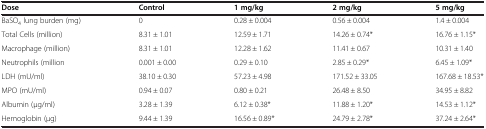
<table><thead><tr><td><b>Dose</b></td><td><b>Control</b></td><td><b>1 mg/kg</b></td><td><b>2 mg/kg</b></td><td><b>5 mg/kg</b></td></tr></thead><tbody><tr><td>BaSO<sub>4</sub> lung burden (mg)</td><td>0</td><td>0.28 ± 0.004</td><td>0.56 ± 0.004</td><td>1.4 ± 0.004</td></tr><tr><td>Total Cells (million)</td><td>8.31 ± 1.01</td><td>12.59 ± 1.71</td><td>14.26 ± 0.74*</td><td>16.76 ± 1.15*</td></tr><tr><td>Macrophage (million)</td><td>8.31 ± 1.01</td><td>12.28 ± 1.62</td><td>11.41 ± 0.67</td><td>10.31 ± 1.40</td></tr><tr><td>Neutrophils (million</td><td>0.001 ± 0.00</td><td>0.29 ± 0.10</td><td>2.85 ± 0.29*</td><td>6.45 ± 1.09*</td></tr><tr><td>LDH (mU/ml)</td><td>38.10 ± 0.30</td><td>57.23 ± 4.98</td><td>171.52 ± 33.05</td><td>167.68 ± 18.53*</td></tr><tr><td>MPO (mU/ml)</td><td>0.94 ± 0.07</td><td>0.80 ± 0.21</td><td>26.48 ± 8.50</td><td>34.95 ± 8.82</td></tr><tr><td>Albumin (μg/ml)</td><td>3.28 ± 1.39</td><td>6.12 ± 0.38*</td><td>11.88 ± 1.20*</td><td>14.53 ± 1.12*</td></tr><tr><td>Hemoglobin (μg)</td><td>9.44 ± 1.39</td><td>16.56 ± 0.89*</td><td>24.79 ± 2.78*</td><td>37.24 ± 2.64*</td></tr></tbody></table>